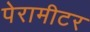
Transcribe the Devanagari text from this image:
पेरामीटर